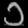
Digit: ၁